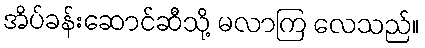
အိပ်ခန်းဆောင်ဆီသို့ မလာကြ လေသည်။